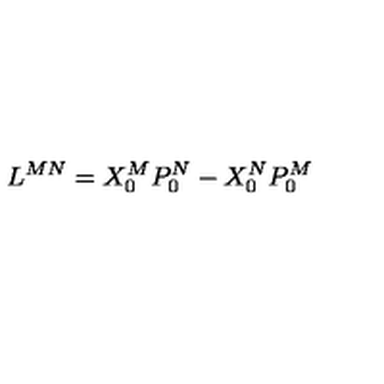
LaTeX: L ^ { M N } = X _ { 0 } ^ { M } P _ { 0 } ^ { N } - X _ { 0 } ^ { N } P _ { 0 } ^ { M }